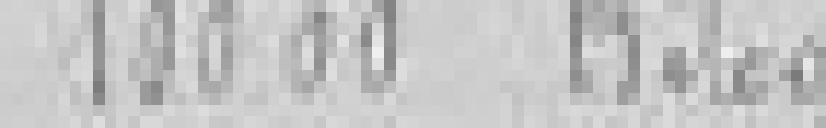
entrée : 100.000 kilos